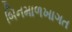
બિનમાળખાગત